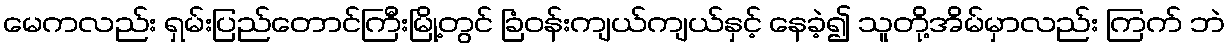
မေကလည်း ရှမ်းပြည်တောင်ကြီးမြို့တွင် ခြံဝန်းကျယ်ကျယ်နှင့် နေခဲ့၍ သူတို့အိမ်မှာလည်း ကြက် ဘဲ